Annual administration report of the Civil Veterinary Department, Ajmere-Merwara, British Rajputana - 1914-1940
Year: 1914
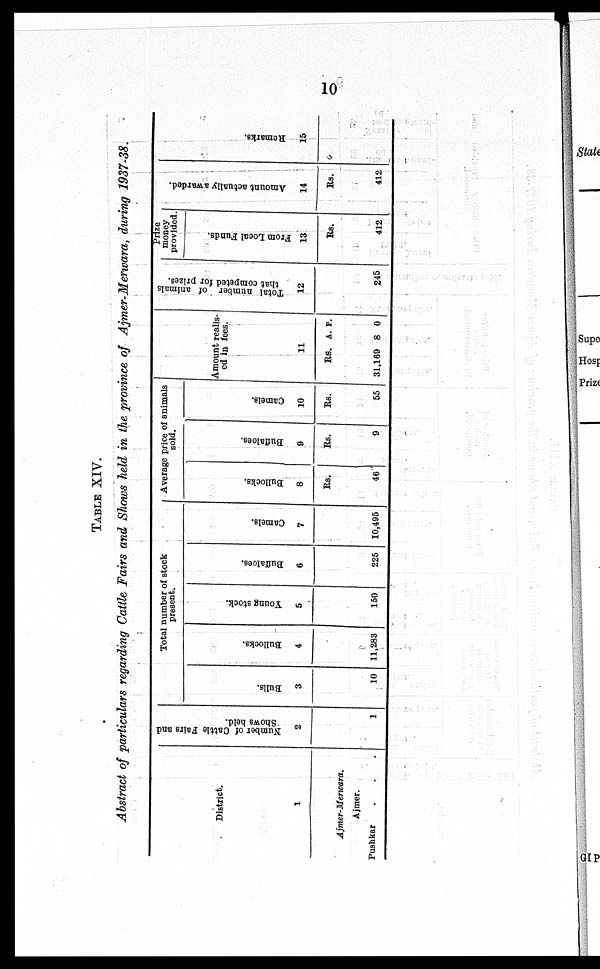
10
TABLE XIV.
Abstract of particulars regarding Cattle Fairs and Shows held in the province of Ajmer-Merwara, during 1937-38.
District.
1
Ajmer-Merwara.
Ajmer.
Pushkar . . .
Number of Cattle Fairs and
Shows held.
2
1
Total number of stock
present.
Bulls.
3
10
Bullocks.
4
11,283
Young stock.
5
150
Buffaloes.
6
225
Camels.
7
10,495
Average price of animals
sold.
Bullocks.
8
Rs.
46
Buffaloes.
9
Rs.
9
Camels.
10
Rs.
55
Amount realis-
ed in
fees.
11
Rs.
31,169
A.
8
P.
0
Total number of animals
that competed for prizes.
12
245
Prize
money
provided.
From Local Funds.
13
Rs.
412
Amount actually awarded.
14
Rs.
412
Remarks.
15